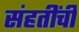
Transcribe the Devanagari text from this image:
संहतींची